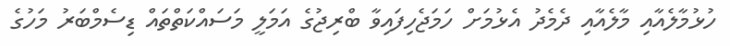
ހުޅުމާލެއާއި މާލެއާއި ދެމެދު އެޅުމަށް ހަމަޖެހިފައިވާ ބްރިޖުގެ އަމަލީ މަސައްކަތްތައް ޑިސެމްބަރު މަހުގެ